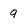
Character: 9